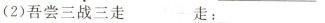
(2)吾尝三战三走 走：___